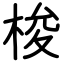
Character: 梭